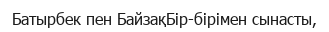
Батырбек пен БайзақБір-бірімен сынасты,